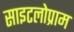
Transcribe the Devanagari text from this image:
साइटलोप्राम